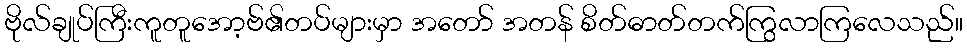
ဗိုလ်ချုပ်ကြီးကူတူအော့ဗ်၏တပ်များမှာ အတော် အတန် စိတ်ဓာတ်တက်ကြွလာကြလေသည်။